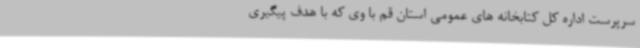
سرپرست اداره کل کتابخانه های عمومی استان قم با وی که با هدف پیگیری